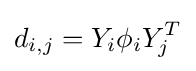
d_{i,j}=Y_{i}\phi _{i}Y_{j}^{T}